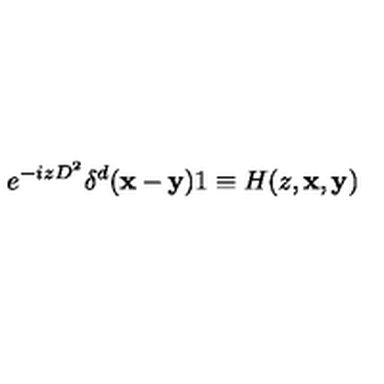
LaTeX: e ^ { - i z D ^ { 2 } } \delta ^ { d } ( { \mathbf { x } } - { \mathbf { y } } ) 1 \equiv H ( z , { \mathbf { x } } , { { \mathbf { y } } } )